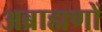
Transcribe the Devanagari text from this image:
अब्राह्मणों